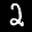
Label: 2